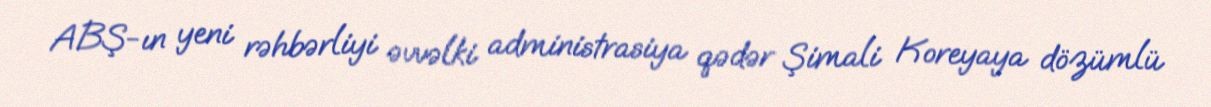
ABŞ-ın yeni rəhbərliyi əvvəlki administrasiya qədər Şimali Koreyaya dözümlü